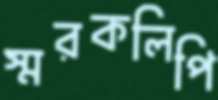
স্মরকলিপি